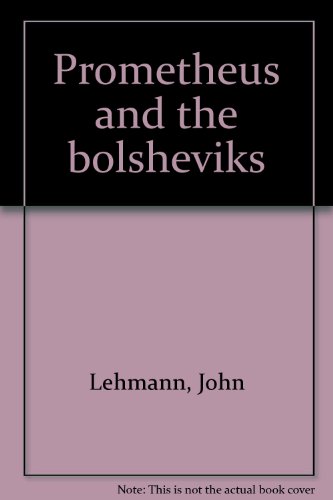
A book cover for Prometheus and the bolsheviks; John Lehmann; Travel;